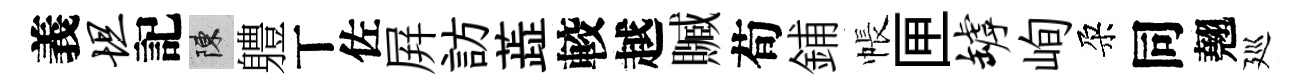
義坦記陳軆丅佐屛訪蕋較越贓荀鋪帳匣罅峋朶同翹廵